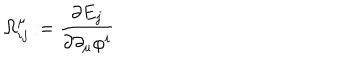
\Omega _ { i j } ^ { \mu } : = \frac { \partial E _ { j } } { \partial \partial _ { \mu } \varphi ^ { i } }